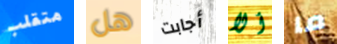
متقلب هل أجابت ألا ما